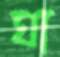
ঘা